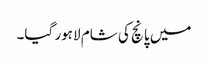
میں پانچ کی شام لاہور گیا۔